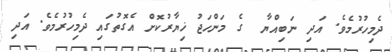
ދެމިހުރުމެވެ. އަދި ނަބިއްޔާ  ގެ މަންހަޖު ޚިޔާރުކޮށް އެގޮތުގައި ދެމިހުރުމެވެ. އަދި